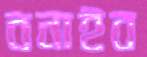
বনাইব